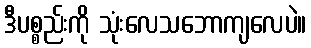
ဒီပစ္စည်းကို သုံးလေသဘောကျလေပဲ။